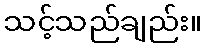
သင့်သည်ချည်း။